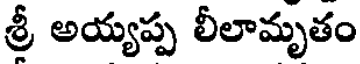
శ్రీ అయ్యప్ప లీలామృతం